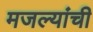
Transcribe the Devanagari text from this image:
मजल्यांची